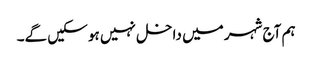
ہم آج شہر میں داخل نہیں ہو سکیں گے۔